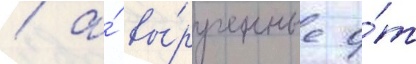
/ а́ вы́рученные о́т